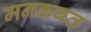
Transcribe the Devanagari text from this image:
मनकबत